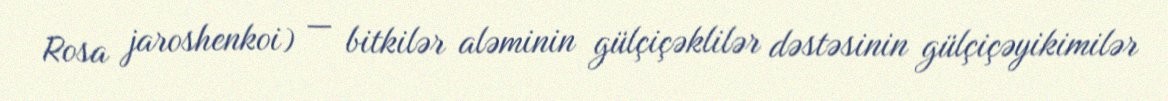
Rosa jaroshenkoi) — bitkilər aləminin gülçiçəklilər dəstəsinin gülçiçəyikimilər